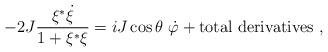
\begin{align*}-2J{\xi^*\dot\xi\over1+\xi^*\xi}=iJ\cos\theta\ \dot\varphi+{\rm total\ derivatives}\ ,\end{align*}